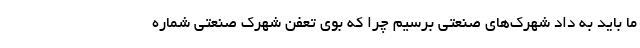
ما باید به داد شهرک‌های صنعتی برسیم چرا که بوی تعفن شهرک صنعتی شماره